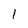
Character: 1